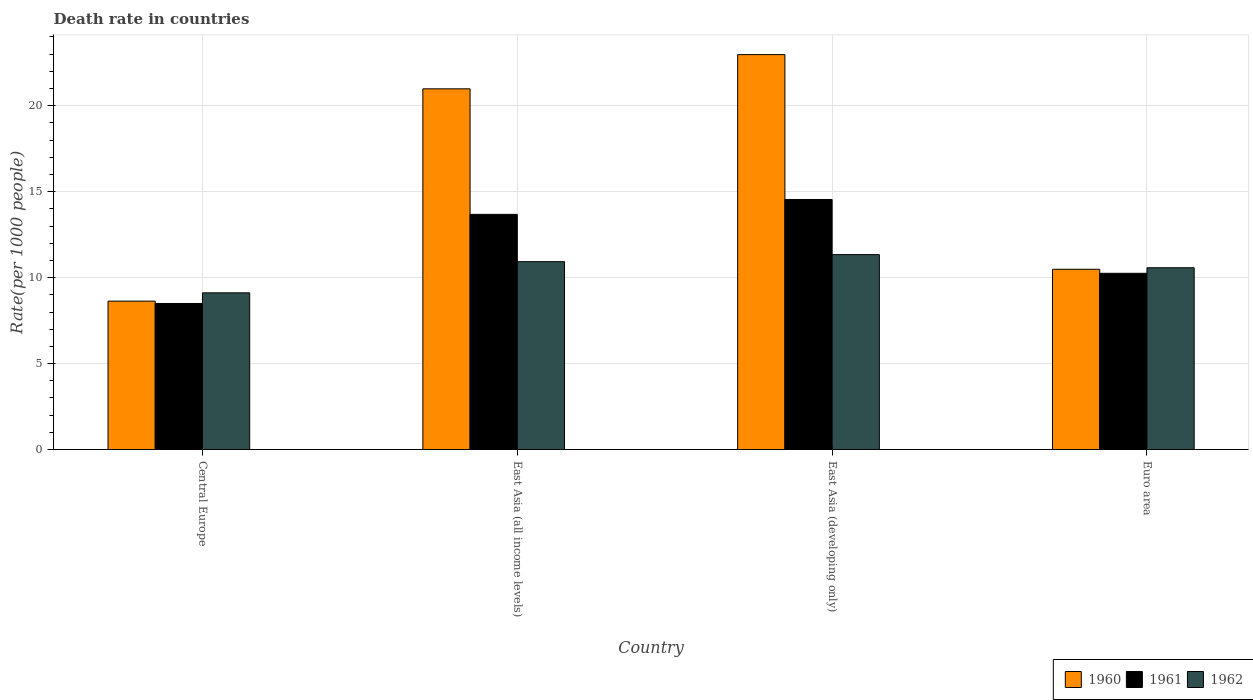
| Country | 1960 | 1961 | 1962 |
 | --- | --- | --- | --- |
 | Central Europe | 8.63 | 8.5 | 9.11 |
 | East Asia (all income levels) | 21 | 13.7 | 10.9 |
 | East Asia (developing only) | 23 | 14.5 | 11.3 |
 | Euro area | 10.5 | 10.3 | 10.6 |